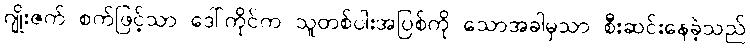
ဂျိုးဇက် စက်ဖြင့်သာ ဒေါ်ကိုင်က သူတစ်ပါးအပြစ်ကို သောအခါမှသာ စီးဆင်းနေခဲ့သည်